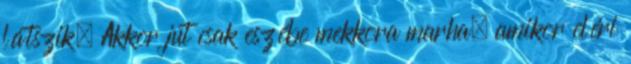
látszik. Akkor jut csak eszébe mekkora marha, amikor eléri